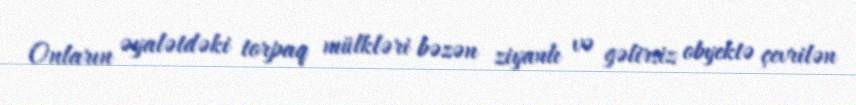
Onların əyalətdəki torpaq mülkləri bəzən ziyanlı və gəlirsiz obyektə çevrilən